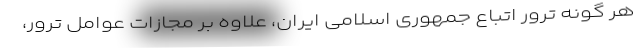
هر گونه ترور اتباع جمهوری اسلامی ایران، علاوه بر مجازات عوامل ترور،